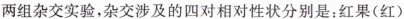
两组杂交实验，杂交涉及的四对相对性状分别是：红果(红)